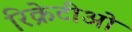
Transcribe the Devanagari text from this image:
रिक्रेटीओ